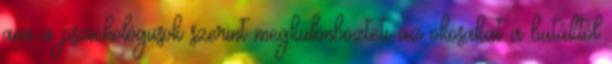
ami a pszichológusok szerint megkülönbözteti az okosakat a butáktól